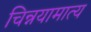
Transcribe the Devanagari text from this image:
चिन्नयामात्य